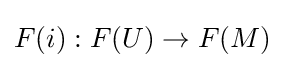
F(i):F(U)\to F(M)